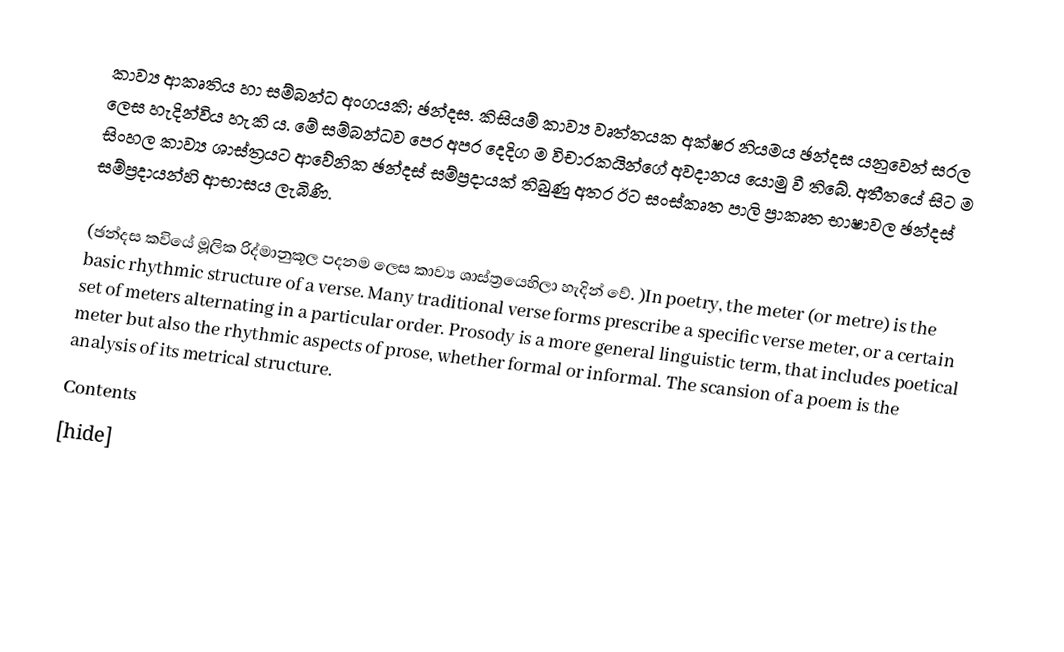
කාව්‍ය ආකෘතිය හා සම්බන්ධ අංගයකි; ඡන්දස. කිසියම් කාව්‍ය වෘත්තයක අක්ෂර නියමය ඡන්දස යනුවෙන් සරල ලෙස හැදින්විය හැකි ය. මේ සම්බන්ධව පෙර අපර දෙදිග ම විචාරකයින්ගේ අවදානය යොමු වී තිබේ. අතීතයේ සිට ම සිංහල කාව්‍ය ශාස්ත්‍රයට ආවේනික ඡන්දස් සම්ප්‍රදායක් තිබුණු අතර ඊට සංස්කෘත පාලි ප්‍රාකෘත භාෂාවල ඡන්දස් සම්ප්‍රදායන්හි ආභාසය ලැබිණි.

(ඡන්දස කවියේ මූලික රිද්මානුකූල පදනම ලෙස කාව්‍ය ශාස්ත්‍රයෙහිලා හැදින්‍ වේ. )In poetry, the meter (or metre) is the basic rhythmic structure of a verse. Many traditional verse forms prescribe a specific verse meter, or a certain set of meters alternating in a particular order. Prosody is a more general linguistic term, that includes poetical meter but also the rhythmic aspects of prose, whether formal or informal. The scansion of a poem is the analysis of its metrical structure.
Contents
[hide]